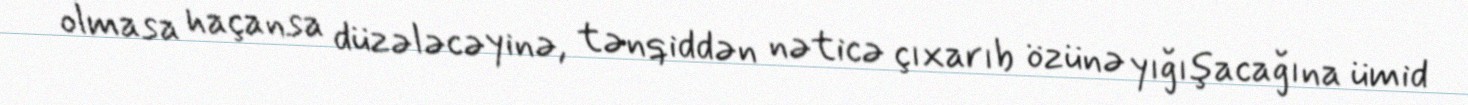
olmasa haçansa düzələcəyinə, tənqiddən nəticə çıxarıb özünə yığışacağına ümid